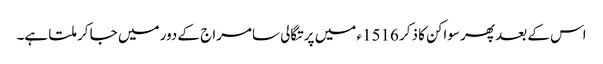
اس کے بعد پھر سواکن کا ذکر 1516ء میں پرتگالی سامراج کے دور میں جا کر ملتا ہے۔